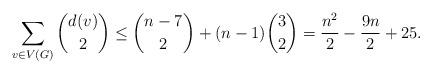
LaTeX: \begin{align*}\sum_{v \in V(G)} \binom{d(v)}{2} \le \binom{n-7}{2} + (n-1)\binom{3}{2} = \frac{n^2}{2} - \frac{9n}{2} + 25.\end{align*}